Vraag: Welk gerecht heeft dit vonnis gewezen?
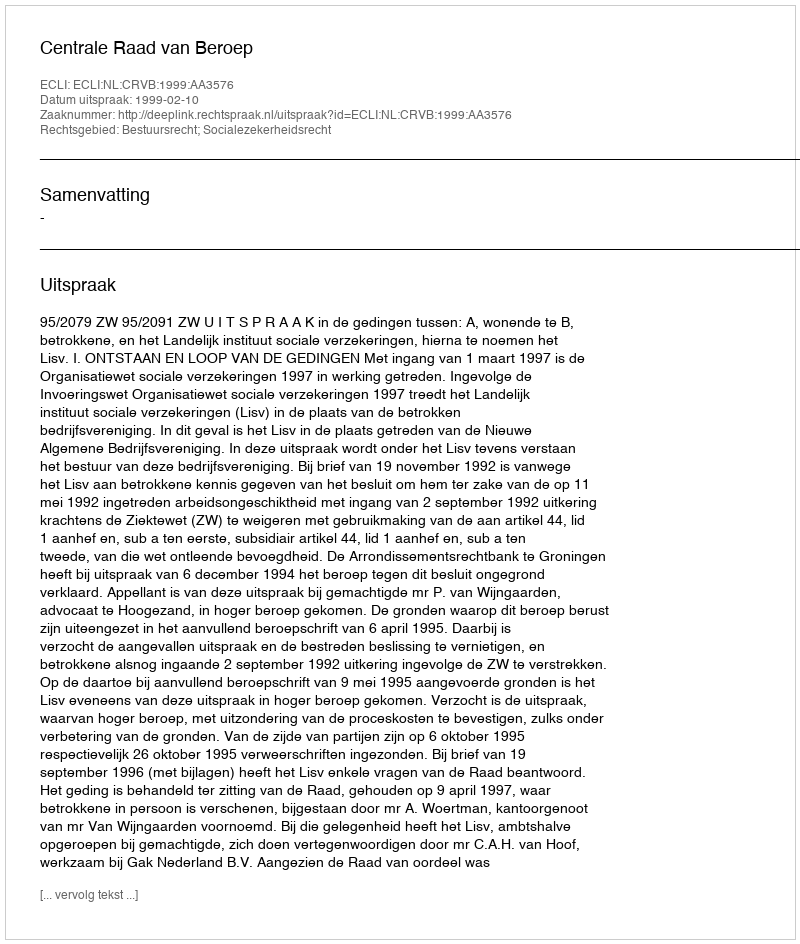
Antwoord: Centrale Raad van Beroep